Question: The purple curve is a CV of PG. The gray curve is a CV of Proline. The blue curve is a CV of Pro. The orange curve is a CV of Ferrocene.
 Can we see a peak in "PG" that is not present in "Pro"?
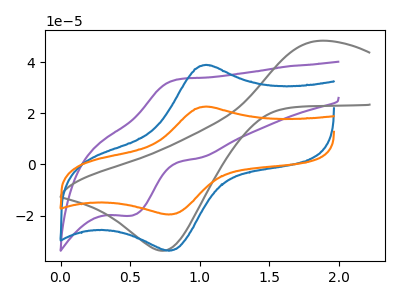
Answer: <think>The purple curve "PG" has an anodic peak at (0.85V, 33.25uA) and a cathodic peak at (0.50V, -20.05uA). The gray curve "Proline" has an anodic peak at (1.85V, 48.25uA) and a cathodic peak at (0.75V, -33.75uA). The blue curve "Pro" has an anodic peak at (1.05V, 38.80uA) and a cathodic peak at (0.80V, -33.75uA). The orange curve "Ferrocene" has an anodic peak at (1.05V, 22.55uA) and a cathodic peak at (0.80V, -19.60uA).
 "PG" and "Pro" have at least one peak that do not match.</think>
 <answer>Yes, "PG" and "Pro" are different in shape.</answer>
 <eval>yes_change</eval>